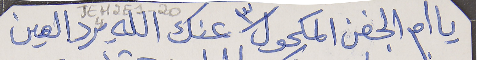
يا ام الجفن المكحول عنك الله يرد العين